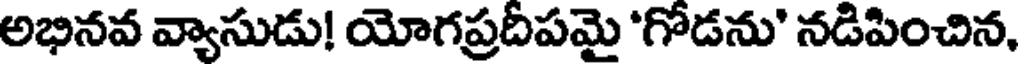
అభినవ వ్యాసుడు! యోగప్రదీపమై 'గోడను' నడిపించిన,